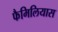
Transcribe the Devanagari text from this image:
फैमिलियास